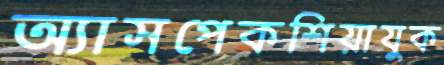
অ্যাসপেকশিয়াযুক